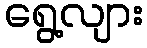
ရွေ့လျား